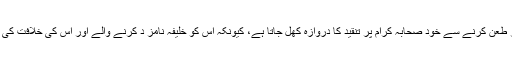
ناصبیت سے متاثرہ یہ گروہ تاویل یہ بیان کرتا ہے کہ یزید پر طعن کرنے سے خود صحابہ کرامؓ پر تنقید کا دروازہ کھل جاتا ہے، کیونکہ اس کو خلیفہ نامز د کرنے والے اور اس کی خلافت کی بیعت کرنے والے سب کے سب جلیل القدر صحابہ کرام ؓ تھے۔